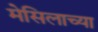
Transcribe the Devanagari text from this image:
मेसिलाच्या